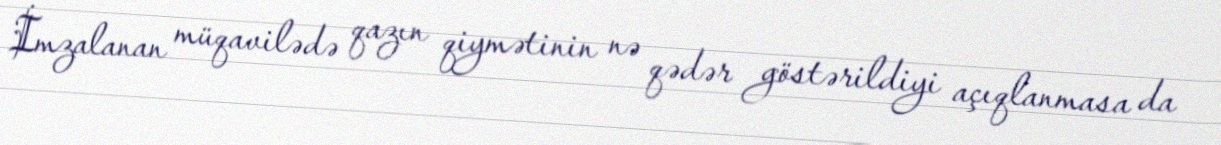
İmzalanan müqavilədə qazın qiymətinin nə qədər göstərildiyi açıqlanmasa da